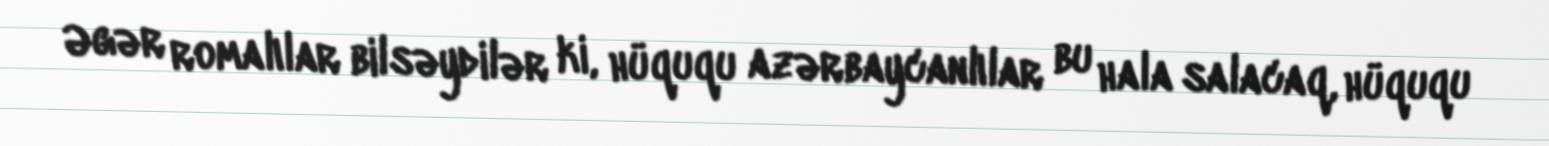
Əgər romalılar bilsəydilər ki, hüququ azərbaycanlılar bu hala salacaq, hüququ